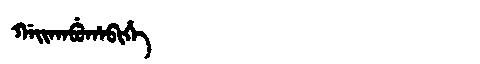
Manchu: ᡤᠠᡳᡴᠠᠪᡠᡥᠠᠪᡳᡥᡝ
Romanization: GAIKABUHABIHE